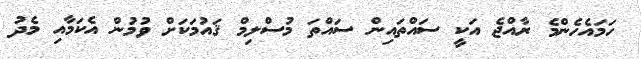
ހަމައެހެންމެ ރާއްޖެ އަކީ ސައްތައިން ސައްތަ މުސްލިމް ޤައުމަކަށް ވުމުން އެކަމާއި މެދު